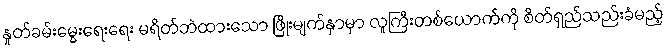
နှုတ်ခမ်းမွေးရေးရေး မရိတ်ဘဲထားသော ဖြိုးမျက်နှာမှာ လူကြီးတစ်ယောက်ကို စိတ်ရှည်သည်းခံမည့်